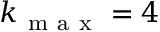
k _ { \mathrm { ~ m ~ a ~ x ~ } } = 4